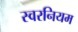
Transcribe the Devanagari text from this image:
स्वरनियम